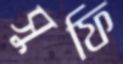
সুফি